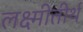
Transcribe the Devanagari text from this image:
लक्ष्मीतीर्थ